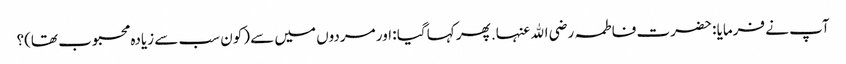
آپ نے فرمایا : حضرت فاطمہ رضی اﷲ عنہا. پھر کہا گیا : اور مردوں میں سے (کون سب سے زیادہ محبوب تھا)؟